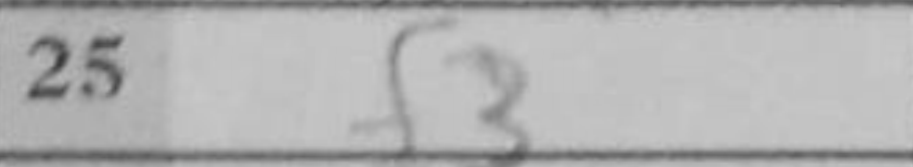
Transcription: f3